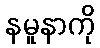
နမူနာကို